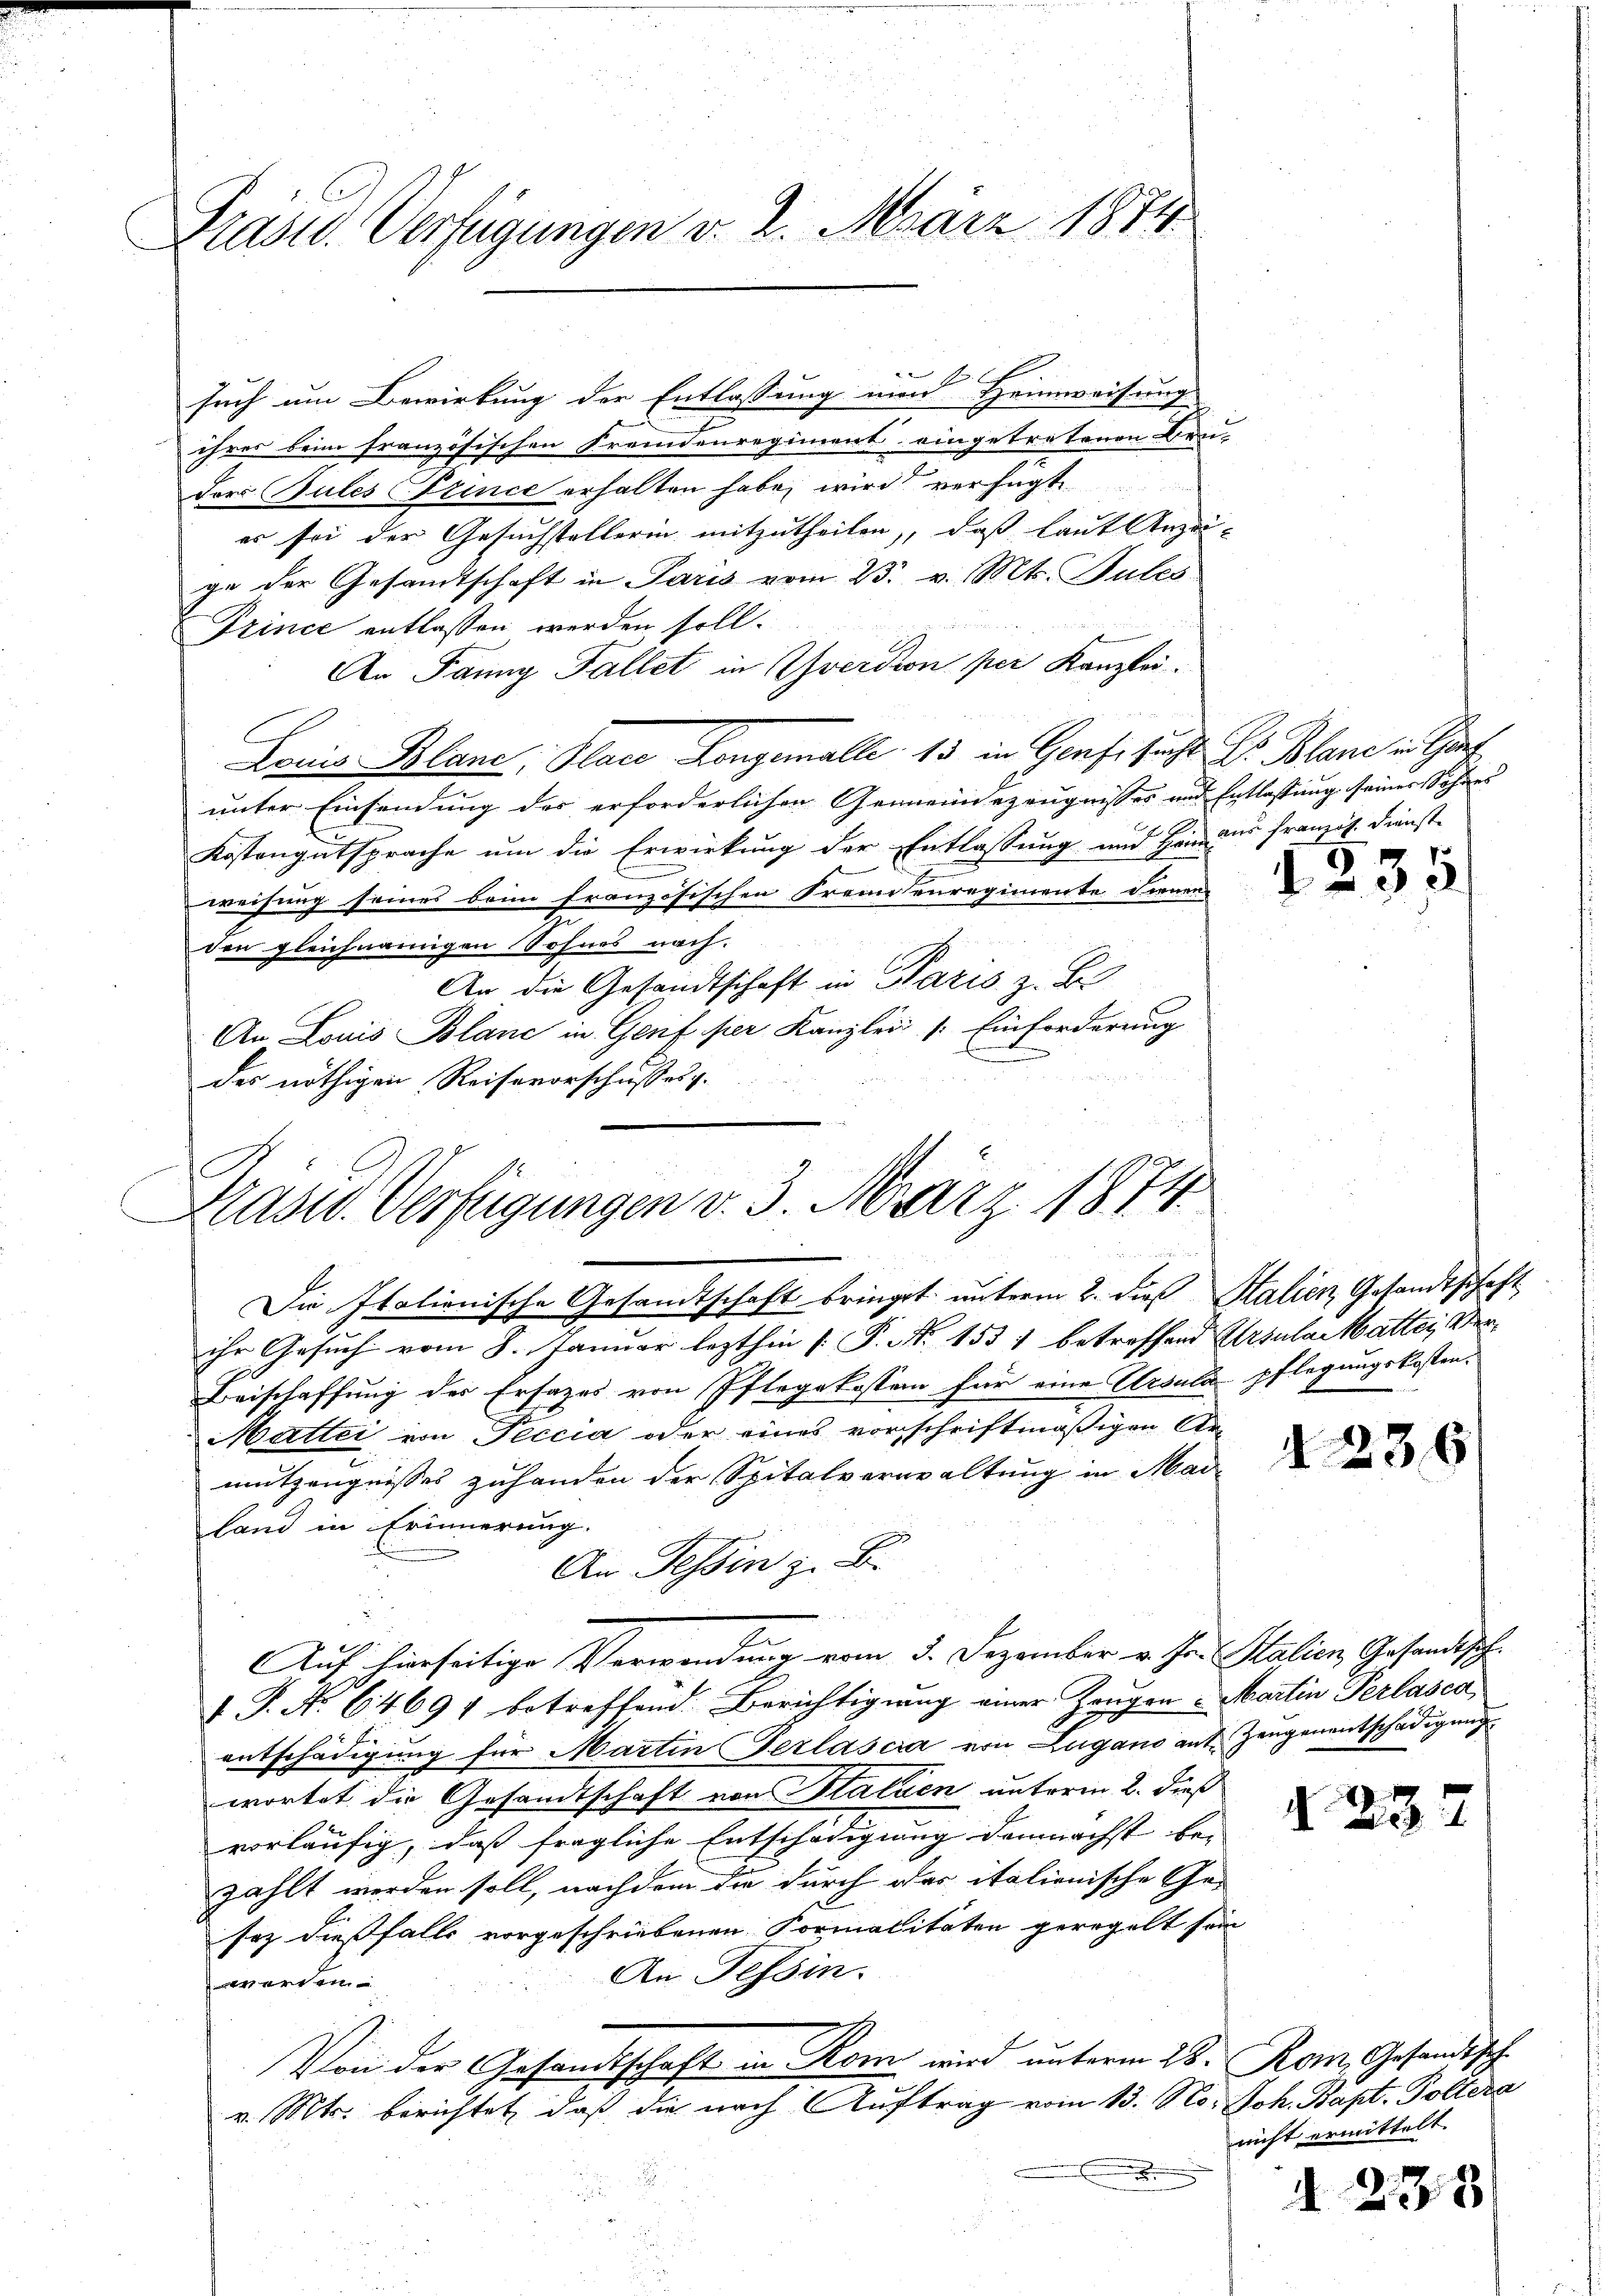
Präsid. Verfügungen v. 2. März 1874

such um Bewirkung der Entlassung und Heimweisung
ihres beim französischen Fremdenregiment eingetretenen Bru-
dor Gutes Prince erhalten habe, wird verfügt
er sei der Gesuchstellerin mitzutheilen, daß laut Anzeige der Gesamtschaft in Paris vom 23. v. Mts. Bules
Trince entlassen werden soll.
An Panny Fallet in Yverdion per Kanzlei.
Louis Blanc, Place Kongemalle 13 in Genfesucht Hr. Blane in Char
unter Einsendung des erforderlichen Gemeindezeugnisses und Entlassung seiner Sohnes
.
Kostengutsprache um die Erwirkung der Entlassung und Heinaus französ. Dienst-
weisung seines beim französischen Fremdenregimente dienen
den gleichnangen Sohnes nach.
An die Gesandtschaft in Paris z. B.
An Louis Blanc in Genf per Kanzlei (Einforderung
des nöthigen Reisevorschusses.

Präsid. Verfügungen v. 3. März 1874.

Die Italienische Gesandtschaft bringet unterm 2. dieß Salien Gesandtschaft
ihr Gesuch vom 8. Januar lezthin [P. No 1531 betreffend Ursular Matten Ver¬
Beischaffung des Ersatzes von Pflegekosten für eine Ursulä pflegungskosten.
Mattei von Peccia oder eines vorschriftmäßigen Armutzeugnisses zuhanden der Spitalverwaltung in Mailand in Erinnerung.
An Tessin z. B.

n
Auf hierseitige Verwendung vom 3. Dezember v. Jr. Stalien Gesandtsch.
V. P. No 64694 betreffend Berichtigung einer Zeugen Martin Perlasca,
entschädigung für Martin Perlascia von Lugano aut Zeugenentschädigung
wortet die Gesandtschaft von Statuen unterm 2. dieß
vorläufig, das fragliche Entschädigung demnächst be- |
zahlt werden soll, nachdem die durch der italienische Ge-
saz dießfalls vorgeschriebenen Formalitäten geregelt sein
An Tessin.
werden
Von der Gesandtschaft in Rom wird unterm 28. Rom. Gesandtsch
v. Mts. berichtet, daß die nach Auftrag vom 13. No. Joh. Bapt. Poltera
.
.

.

123

d. 23.

123

nicht ermittelt.

.

E

238/